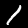
Digit: 1